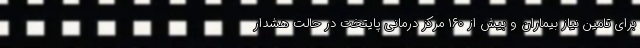
برای تامین نیاز بیماران و بیش از ۱۶۰ مرکز درمانی پایتخت در حالت هشدار